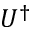
U ^ { \dagger }